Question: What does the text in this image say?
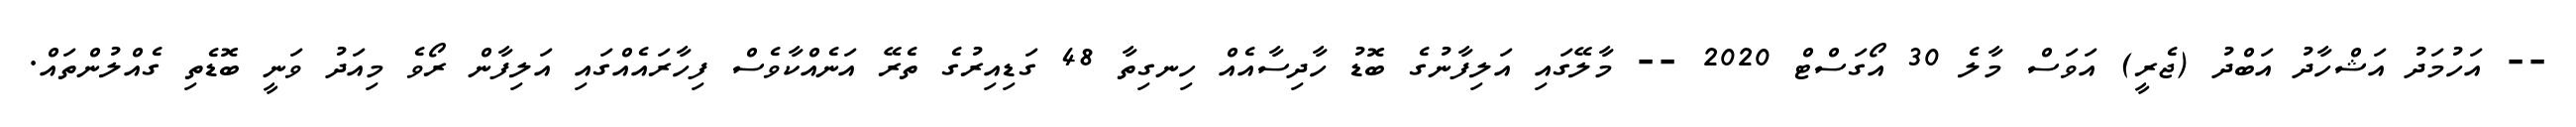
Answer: -- އަހުމަދު އަޝްހާދު އަބްދު (ޖެރީ) އަވަސް މާލެ 30 އޯގަސްޓް 2020 -- މާލޭގައި އަލިފާނުގެ ބޮޑު ހާދިސާއެއް ހިނގިތާ 48 ގަޑިއިރުގެ ތެރޭ އަނެއްކާވެސް ފިހާރައެއްގައި އަލިފާން ރޯވެ މިއަދު ވަނީ ބޮޑެތި ގެއްލުންތައް.